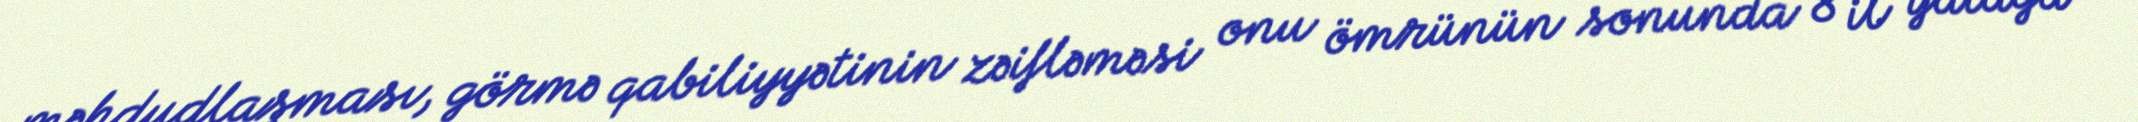
məhdudlaşması, görmə qabiliyyətinin zəifləməsi onu ömrünün sonunda 8 il yatağa